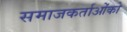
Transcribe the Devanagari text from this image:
समाजकर्ताओंको